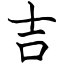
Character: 吉